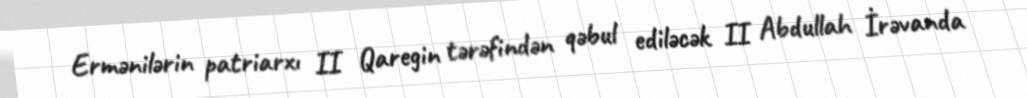
Ermənilərin patriarxı II Qaregin tərəfindən qəbul ediləcək II Abdullah İrəvanda